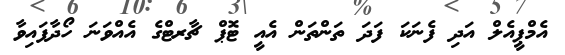
އެމްޕީއެލް އަދި ފެނަކަ ފަދަ ތަންތަން އެއީ ޓޮޕް ޗާރޓްގެ އެއްވަނަ ހޯދާފައިވާ